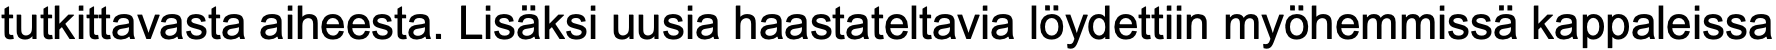
tutkittavasta aiheesta. Lisäksi uusia haastateltavia löydettiin myöhemmissä kappaleissa